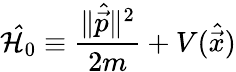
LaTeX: \mathcal{\hat{H}}_{0}\equiv\frac{\| \hat{\vec{p}}\| ^{2}}{2m}+V(\hat{\vec{x}})